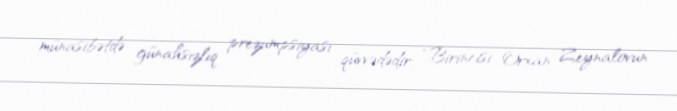
münasibətdə günahsızlıq prezumpsiyası qüvvədədir: “Birincisi, Orxan Zeynalovun